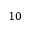
1 0